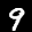
Label: 9